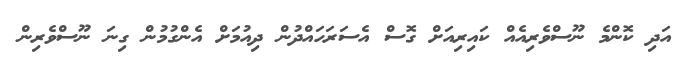
އަދި ކޮންމެ ނޫސްވެރިއެއް ކައިރިއަށް ގޮސް އެސަރަހައްދުން ދިއުމަށް އެންގުމުން ގިނަ ނޫސްވެރިން